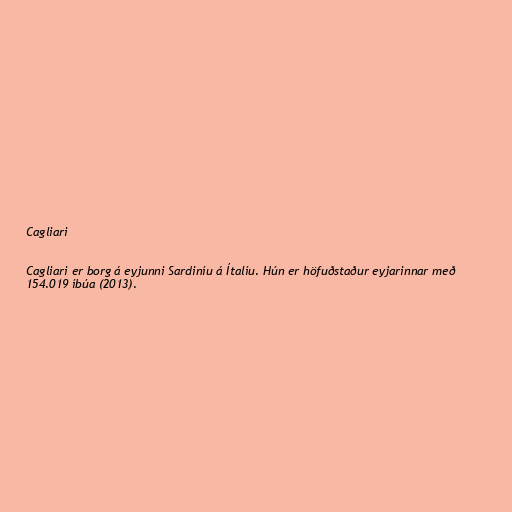
Cagliari

Cagliari er borg á eyjunni Sardiníu á Ítalíu. Hún er höfuðstaður eyjarinnar með
154.019 íbúa (2013).